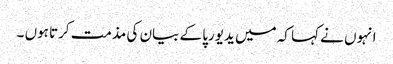
انہوں نے کہا کہ میں یدیورپا کے بیان کی مذمت کرتا ہوں ۔